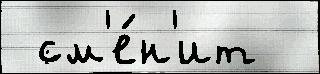
 см'е́н'ит